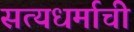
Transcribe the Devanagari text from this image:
सत्यधर्माची